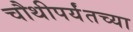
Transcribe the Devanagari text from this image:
चौथीपर्यंतच्या